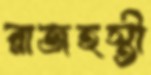
রাজহস্তী